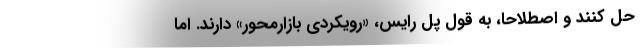
حل کنند و اصطلاحاً، به قول پل رایس، «رویکردی بازارمحور» دارند. اما